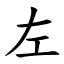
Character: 左